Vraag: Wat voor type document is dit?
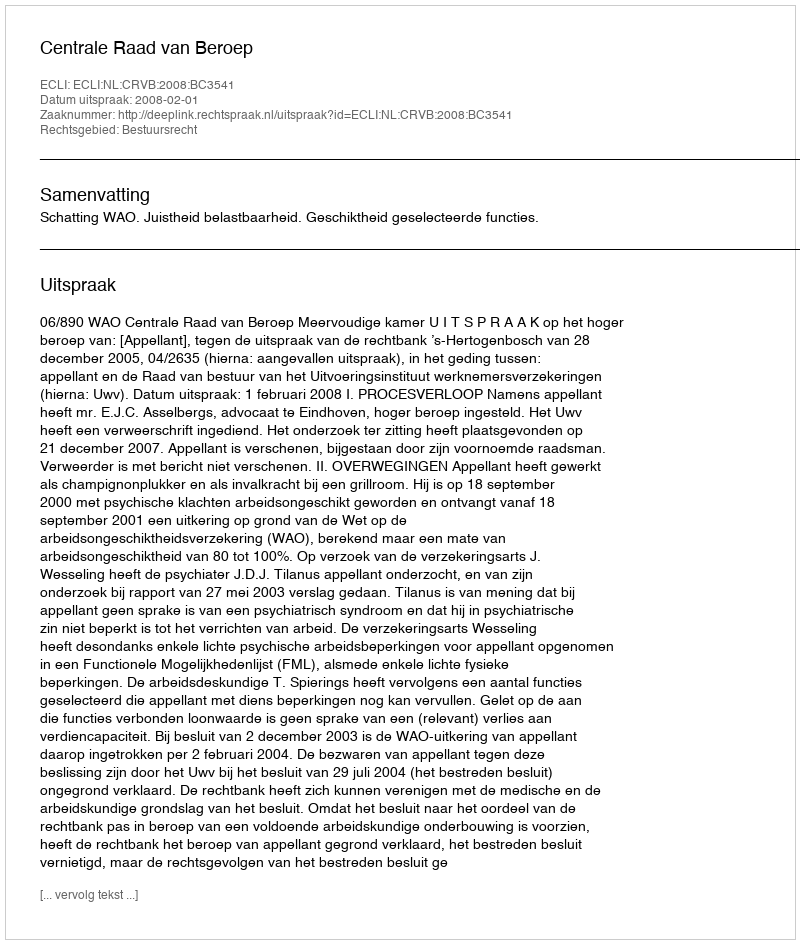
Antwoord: Uitspraak